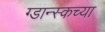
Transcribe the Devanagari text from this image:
ग्डान्स्कच्या